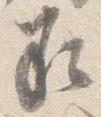
承